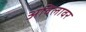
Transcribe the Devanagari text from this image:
अविलावर